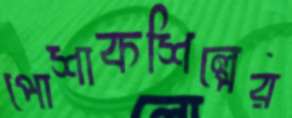
পোশাকশিল্পের